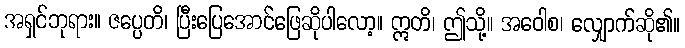
အရှင်ဘုရား။ ဇပ္ပေတိ၊ ပြီးပြေအောင်ဖြေဆိုပါလော့။ ဣတိ၊ ဤသို့။ အဝေါစ၊ လျှောက်ဆို၏။